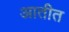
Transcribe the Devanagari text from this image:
आतीत